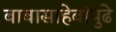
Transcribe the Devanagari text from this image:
बाबासाहेबांपुढे